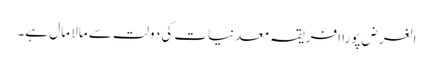
الغرض پورا افریقہ معدنیات کی دولت سے مالا مال ہے۔